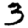
Digit: 3